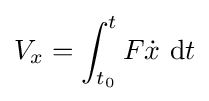
V_{x}=\int _{t_{0}}^{t}F{\dot {x}}\ {\rm {d}}t